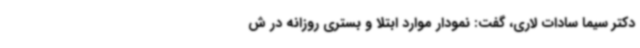
دکتر سیما سادات لاری، گفت: نمودار موارد ابتلا و بستری روزانه در ش